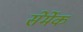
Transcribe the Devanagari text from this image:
सेर्मेक